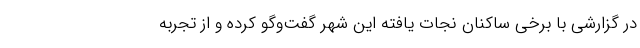
در گزارشی با برخی ساکنان نجات یافته این شهر گفت‌وگو کرده و از تجربه